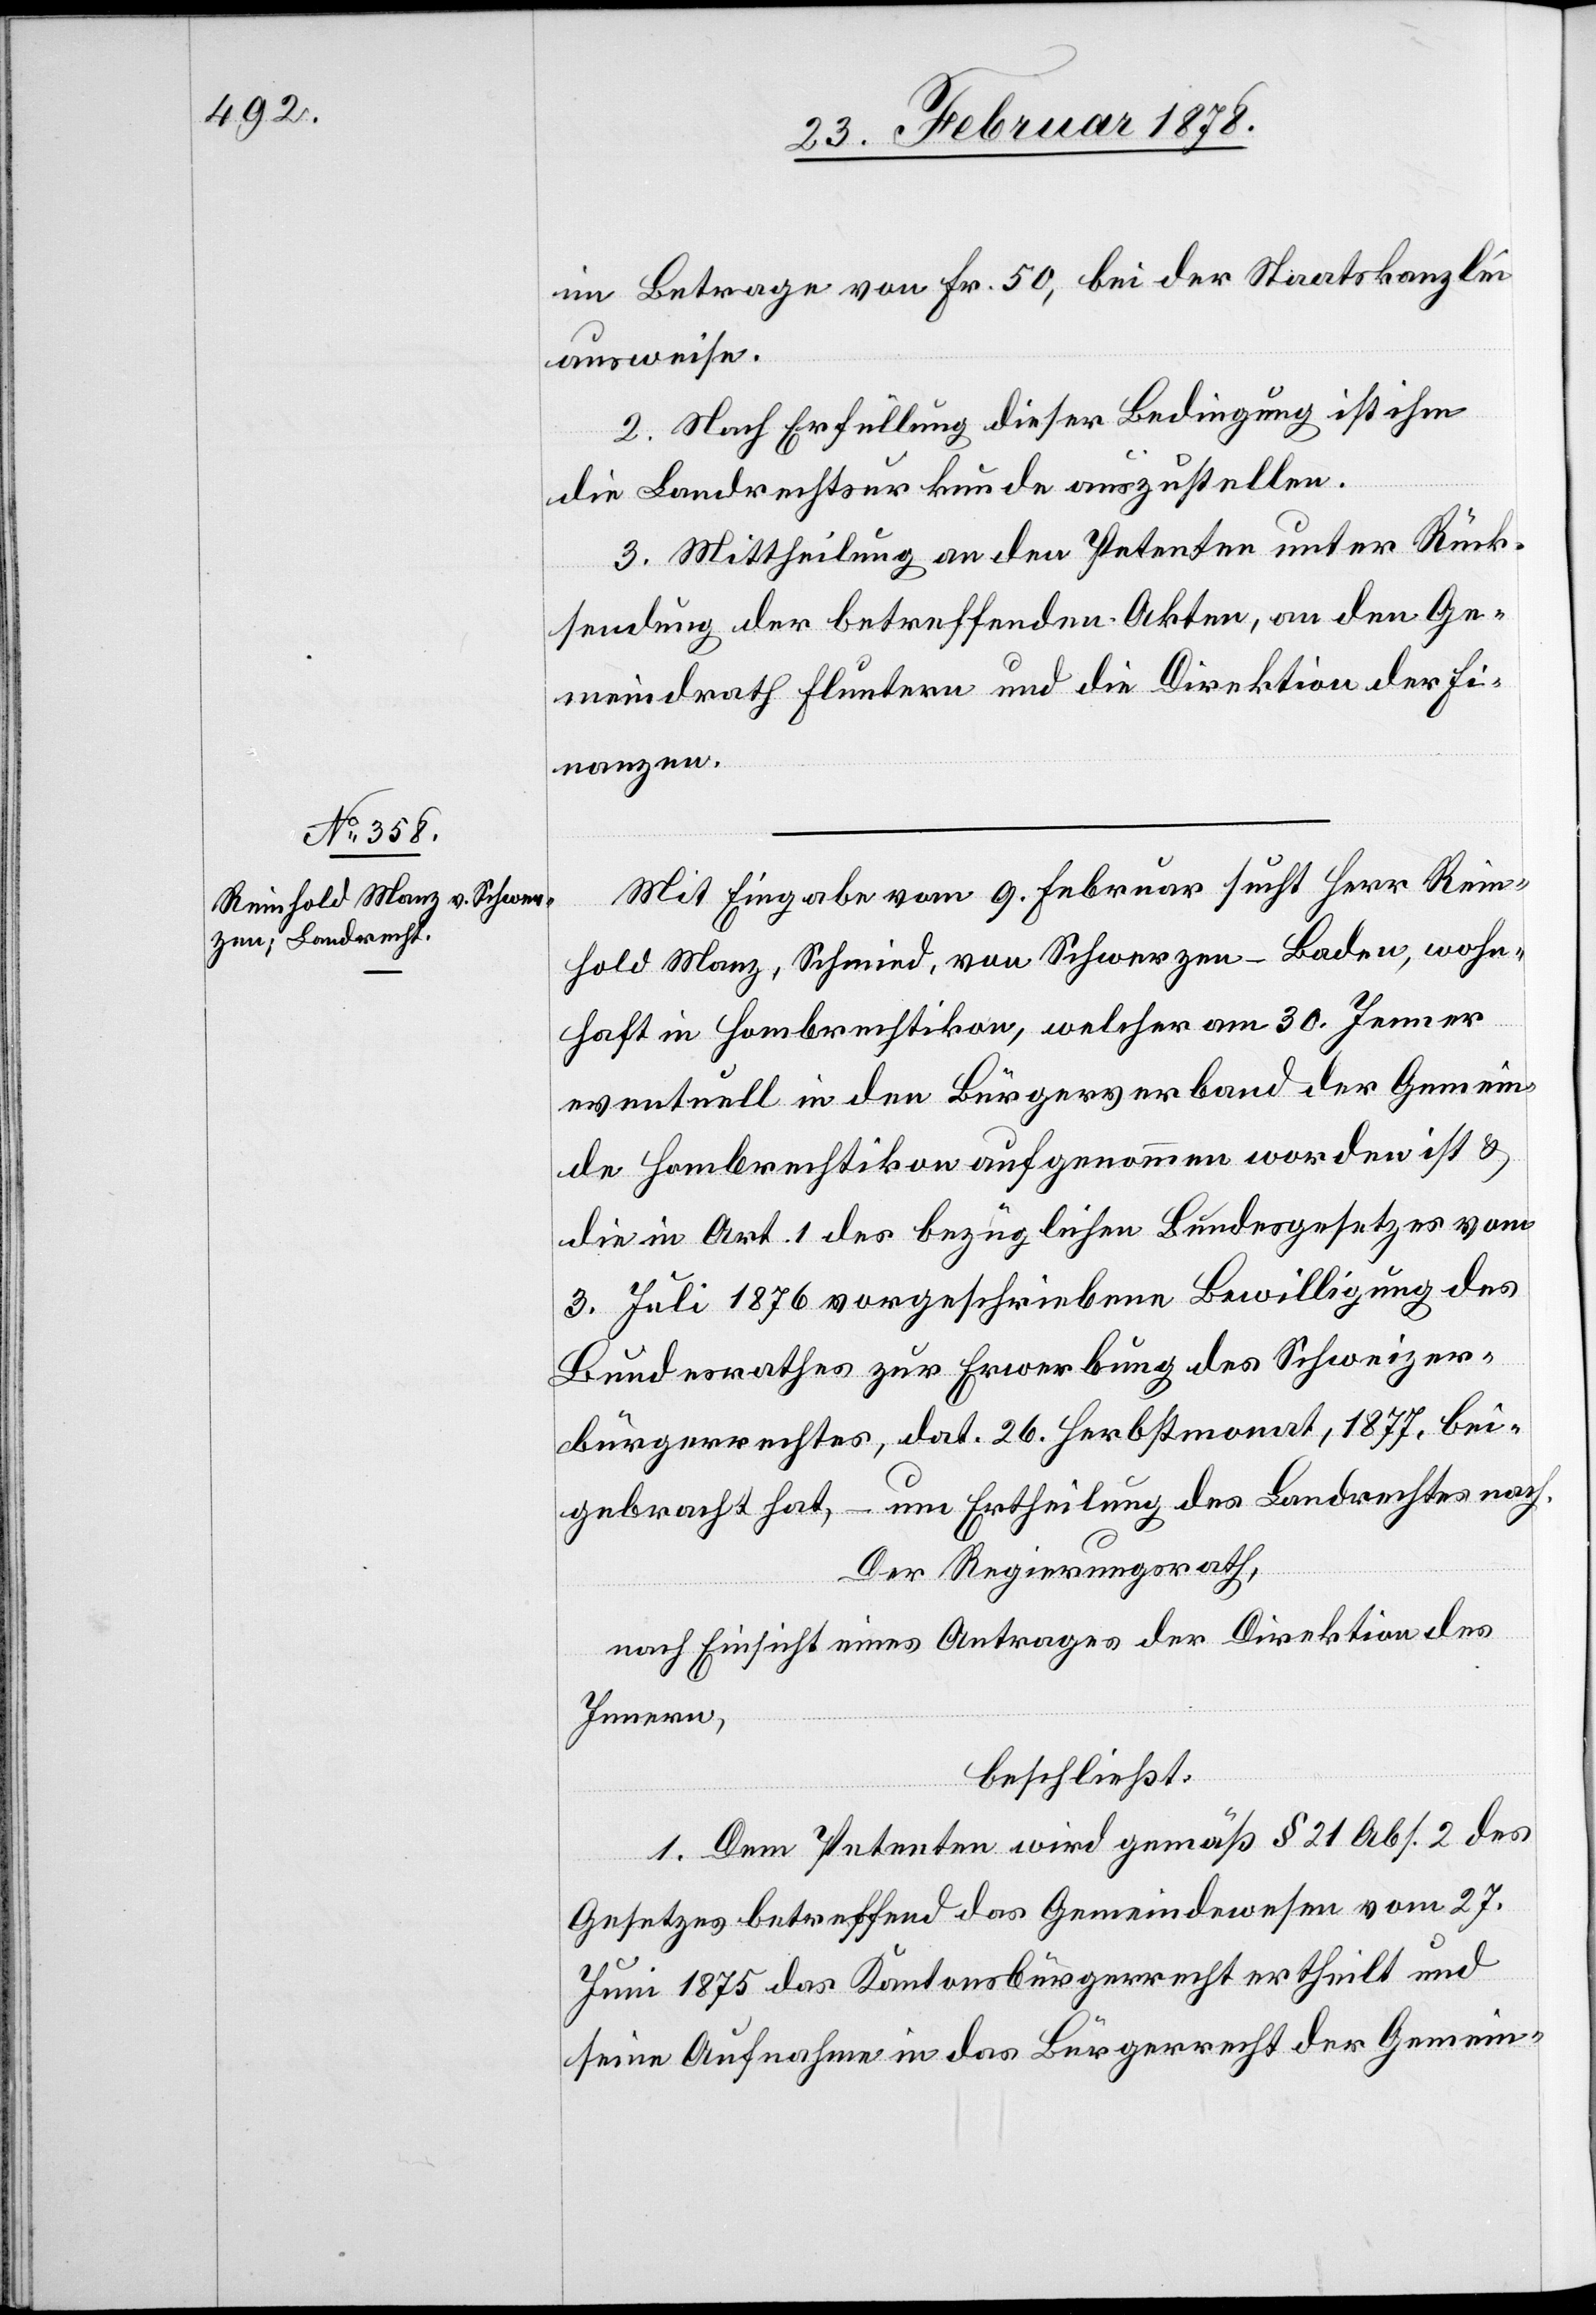
im Betrage von Fr. 50, bei der Staatskanzlei
ausweise.
2. Nach Erfüllung dieser Bedingung ist ihm
die Landrechtsurkunde auszustellen.
3. Mittheilung an den Petenten unter Rück¬
sendung der betreffenden Akten, an den Ge¬
meindrath Fluntern und die Direktion der Fi¬
nanzen.
Mit Eingabe vom 9. Februar sucht Herr Rein¬
hold Manz, Schmied, von Schwerzen - Baden, wohn¬
haft in Hombrechtikon, welcher am 30. Jenner
eventuell in den Bürgerverband der Gemein¬
de Hombrechtikon aufgenommen worden ist &
die in Art. 1 des bezüglichen Bundesgesetzes vom
3. Juli 1876 vorgeschriebene Bewilligung des
Bundesrathes zur Erwerbung des Schweizer¬
bürgerrechtes, dat. 26. Herbstmonat 1877. bei¬
gebracht hat, – um Ertheilung des Landrechtes nach.
Der Regierungsrath,
nach Einsicht eines Antrages der Direktion des
Innern,
beschließt:
1. Dem Petenten wird gemäß § 21 Abs. 2 des
Gesetzes betreffend das Gemeindewesen vom 27.
Juni 1875 das Kantonsbürgerrecht ertheilt und
seine Aufnahme in das Bürgerrecht der Gemein-